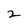
Character: 2